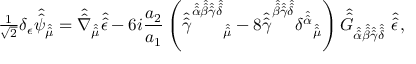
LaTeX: { \textstyle \frac { 1 } { \sqrt { 2 } } } \delta _ { \epsilon } \hat { \hat { \psi } } _ { \hat { \hat { \mu } } } = \hat { \hat { \nabla } } _ { \hat { \hat { \mu } } } \hat { \hat { \epsilon } } - 6 i \frac { a _ { 2 } } { a _ { 1 } } \left( \hat { \hat { \gamma } } ^ { \hat { \hat { \alpha } } \hat { \hat { \beta } } \hat { \hat { \gamma } } \hat { \hat { \delta } } } { } _ { \hat { \hat { \mu } } } - 8 \hat { \hat { \gamma } } ^ { \hat { \hat { \beta } } \hat { \hat { \gamma } } \hat { \hat { \delta } } } \delta ^ { \hat { \hat { \alpha } } } { } _ { \hat { \hat { \mu } } } \right) \hat { \hat { G } } _ { \hat { \hat { \alpha } } \hat { \hat { \beta } } \hat { \hat { \gamma } } \hat { \hat { \delta } } } \ \hat { \hat { \epsilon } } \, ,